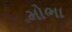
મોભા